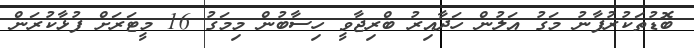
ބޮޑުތަކުރުފާނު މަގު އަލުން ހަދާއިރު ބްރިޖާވީ ހިސާބުން މިމަގު 16 މީޓަރަށް ފުޅާކުރަން